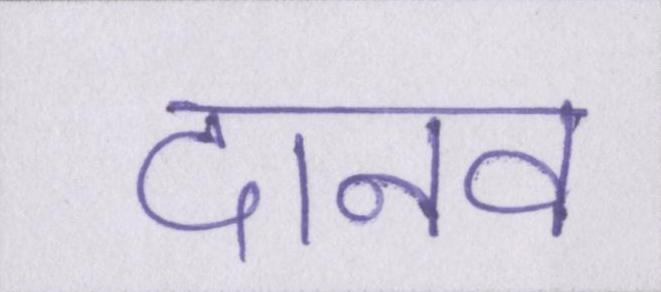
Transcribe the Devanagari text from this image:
दानव